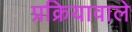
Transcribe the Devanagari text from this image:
प्रक्रियावाले